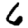
Digit: 6